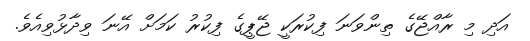
އަދި މި ރާއްޖޭގެ ތިންވަނަ ފިކުރަކީ ޖޭޕީގެ ފިކުރު ކަމަށް އޭނަ ވިދާޅުވިއެވެ.